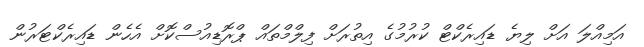
އަމިއްލަ އަށް ލިޔެ ޑައިރެކްޓް ކުރުމުގެ އިތުރަށް ފިލްމްތައް ޕްރޮޑިއުސްކޮށް އެހެން ޑައިރެކްޓަރުން